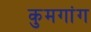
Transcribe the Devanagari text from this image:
कुमगांग